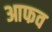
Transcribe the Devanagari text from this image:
आफव